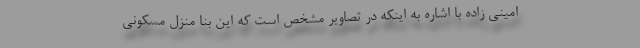
امینی زاده با اشاره به اینکه در تصاویر مشخص است که این بنا منزل مسکونی